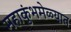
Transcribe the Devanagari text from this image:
महाकुंभमेळ्यात